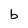
Character: b